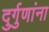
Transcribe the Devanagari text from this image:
दुर्गुणांना